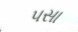
પસા